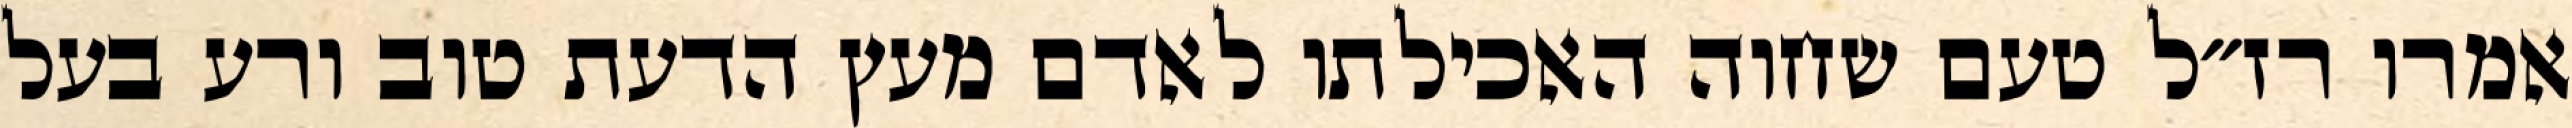
אמרו רז״ל טעם שחוה האכילתו לאדם מעץ הדעת טוב ורע בעל